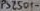
Text: PS2501